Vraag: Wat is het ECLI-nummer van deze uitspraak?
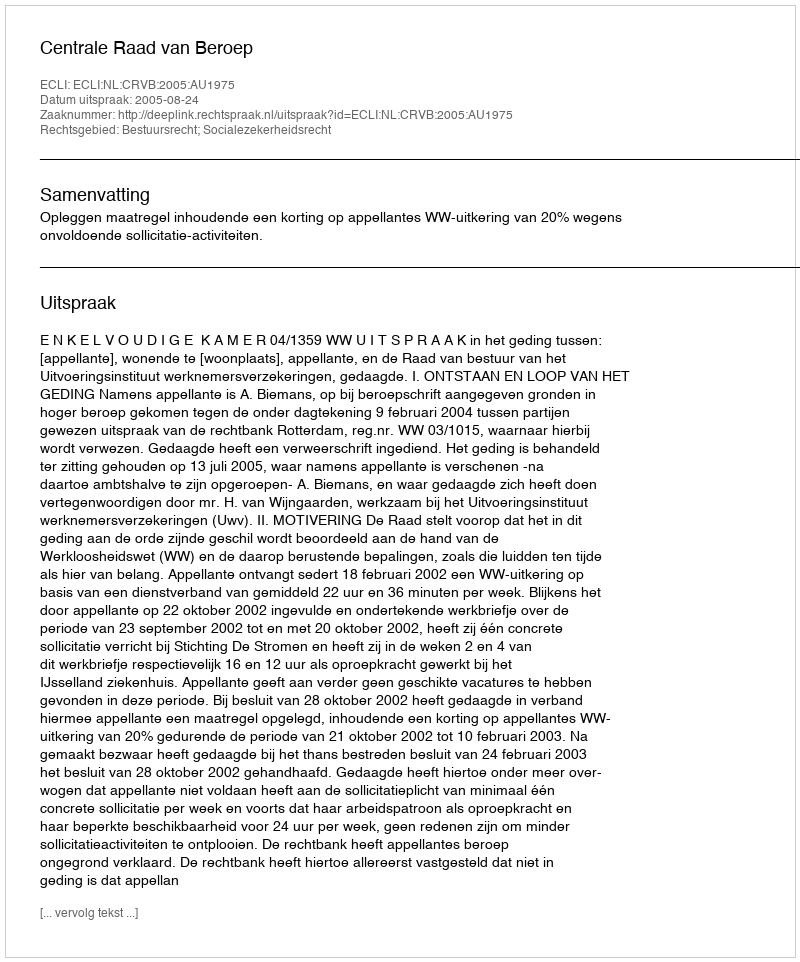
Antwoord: ECLI:NL:CRVB:2005:AU1975